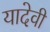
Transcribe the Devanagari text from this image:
यादेवी